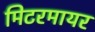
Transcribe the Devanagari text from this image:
मिटरमायर